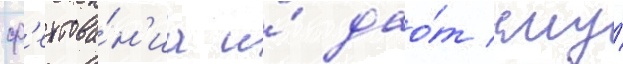
ф'ехтова́н'иа и́ дао́т ему́